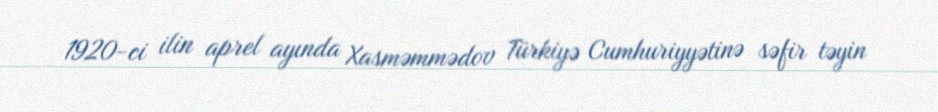
1920-ci ilin aprel ayında Xasməmmədov Türkiyə Cumhuriyyətinə səfir təyin